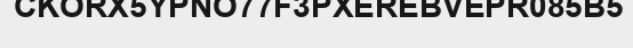
CKORX5YPNO77F3PXEREBVEPR085B5